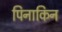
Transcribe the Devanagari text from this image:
पिनाकिन